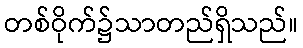
တစ်ဝိုက်၌သာတည်ရှိသည်။